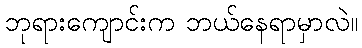
ဘုရားကျောင်းက ဘယ်နေရာမှာလဲ။